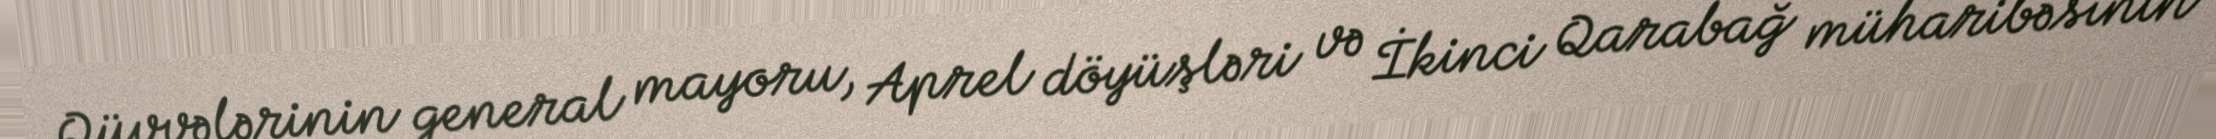
Qüvvələrinin general mayoru, Aprel döyüşləri və İkinci Qarabağ müharibəsinin